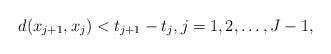
LaTeX: \begin{align*}d(x_{j+1},x_j) < t_{j+1} - t_{j}, j = 1,2,\dots, J-1,\end{align*}